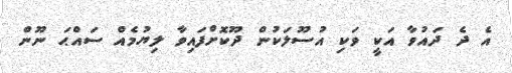
އެ ދެ ދައުވާ އަކީ ވަކި އުސޫލަކުން ދޫކޮށްފައިވާ ލިޔުމެއް ސައްޙަ ނޫން